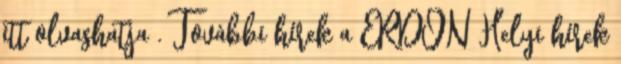
itt olvashatja . További hírek a ERDON Helyi hírek